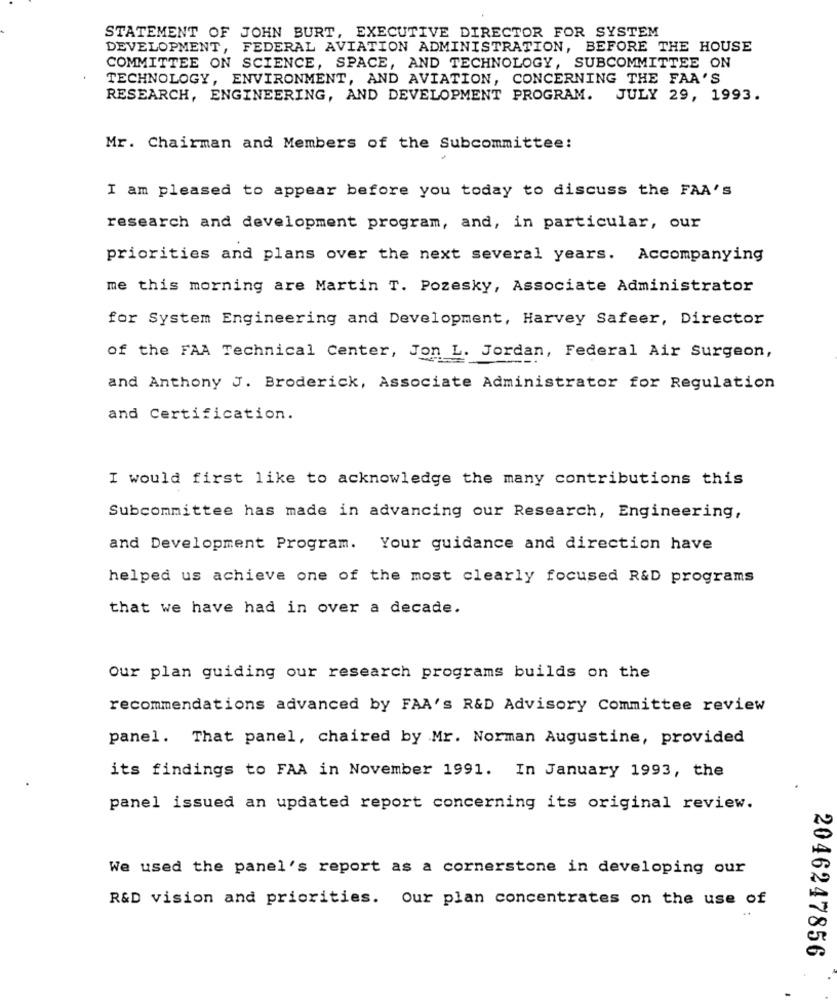
STATEMENT OF JOHN BURT, EXECUTIVE DIRECTOR FOR SYSTEM
DEVELOPMENT, FEDERAL AVIATION ADMINISTRATION, BEFORE THE HOUSE
COMMITTEE ON SCIENCE, SPACE, AND TECHNOLOGY, SUBCOMMITTEE ON
TECHNOLOGY, ENVIRONMENT, AND AVIATION, CONCERNING THE FAA'S
RESEARCH, ENGINEERING, AND DEVELOPMENT PROGRAM. JULY 29, 1993.
Mr. Chairman and Members of the Subcommittee:
I am pleased to appear before you today to discuss the FAA'S
research and development program, and, in particular, our
priorities and plans over the next several years. Accompanying
me this morning are Martin T. Pozesky, Associate Administrator
for System Engineering and Development, Harvey Safeer, Director
of the FAA Technical Center, Jon L. Jordan, Federal Air Surgeon,
and Anthony J. Broderick, Associate Administrator for Regulation
and Certification.
I would first like to acknowledge the many contributions this
Subcommittee has made in advancing our Research, Engineering,
and Development Program. Your guidance and direction have
helped us achieve one of the most clearly focused R&D programs
that we have had in over a decade.
our plan guiding our research programs builds on the
recommendations advanced by FAA's R&D Advisory Committee review
panel. That panel, chaired by Mr. Norman Augustine, provided
its findings to FAA in November 1991. In January 1993, the
panel issued an updated report concerning its original review.
We used the panel's report as a cornerstone in developing our
R&D vision and priorities. Our plan concentrates on the use of
2046247856